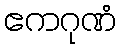
ဧကဂုဏံ